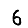
Digit: 6